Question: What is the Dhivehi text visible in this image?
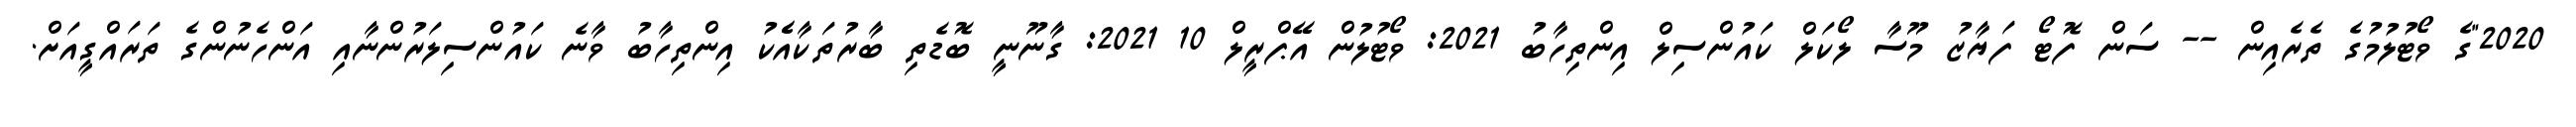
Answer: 2020"ގެ ވޯޓުލުމުގެ ތެރެއިން -- ސަން ފޮޓޯ ފަޔާޒު މޫސާ ލޯކަލް ކައުންސިލް އިންތިހާބު 2021: ވޯޓުލުން އޭޕްރީލް 10 2021: ގާނޫނީ ބޮޑެތި ބާރުތަކާއެެކު އިންތިހާބު ވާނެ ކައުންސިލަރުންނާއި އަންހެނުންގެ ތަރައްގީއަށް.